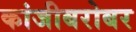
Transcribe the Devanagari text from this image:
कांजीबरोबर